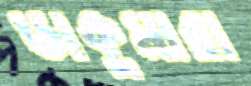
ডাকুমারা